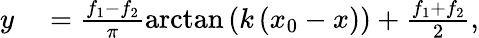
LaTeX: \begin{array}{rl}{y}&{{}=\frac{f_{1}-f_{2}}{\pi}\arctan\left(k\left(x_{0}-x\right)\right)+\frac{f_{1}+f_{2}}{2},}\end{array}